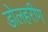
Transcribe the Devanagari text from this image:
डोलहरीण